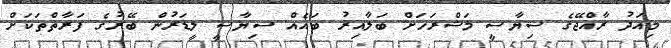
މިއަދު ރާއްޖޭގެ ސިޔާސީ މަޝްރަހަށް ބަލާއިރު ބައެއް ސިޔާސީ ލީޑަރުން ބޭރުގެ ފަރާތްތަކަށް